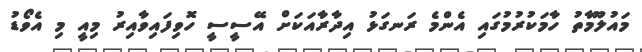
މައުލޫމާތު ހާމަކުރުމުގައި އެންމެ ރަނގަޅު އިދާރާއަކަށް އޭސީސީ ހޮވިފައިވާއިރު މިއީ މި އެވޯޑު